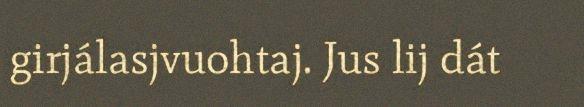
girjálasjvuohtaj. Jus lij dát